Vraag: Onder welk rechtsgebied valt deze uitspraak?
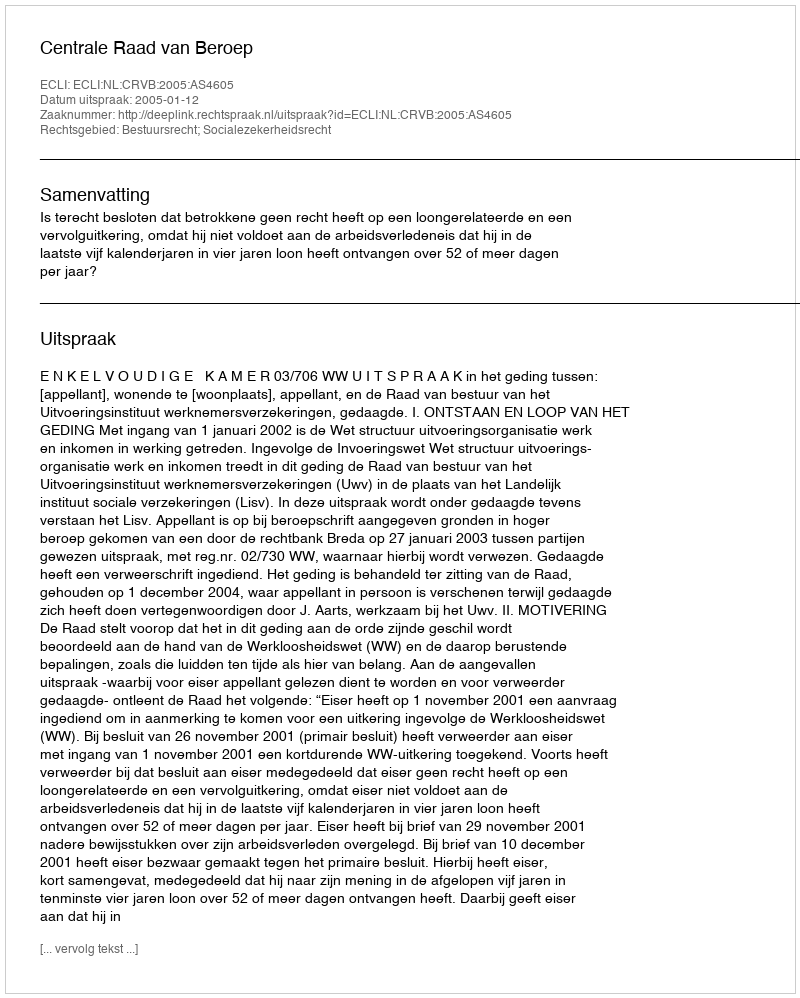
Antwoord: Bestuursrecht; Socialezekerheidsrecht